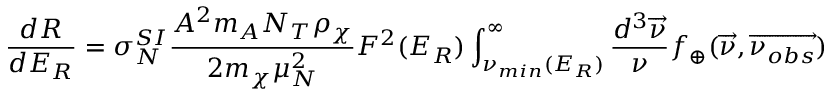
\frac { d R } { d E _ { R } } = \sigma _ { N } ^ { S I } \frac { A ^ { 2 } m _ { A } N _ { T } \rho _ { \chi } } { 2 m _ { \chi } \mu _ { N } ^ { 2 } } F ^ { 2 } ( E _ { R } ) \int _ { { \nu } _ { m i n } ( E _ { R } ) } ^ { \infty } \frac { d ^ { 3 } \overrightarrow { \nu } } { \nu } f _ { \oplus } ( \overrightarrow { \nu } , \overrightarrow { \nu _ { o b s } } )